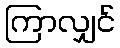
ကြာလျှင်